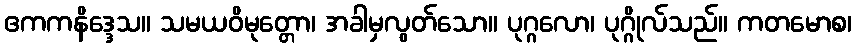
ဧကကနိဒ္ဒေသ။ သမယဝိမုတ္တော၊ အခါမှလွတ်သော။ ပုဂ္ဂလော၊ ပုဂ္ဂိုလ်သည်။ ကတမောစ၊